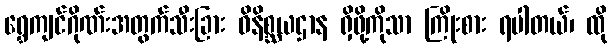
ရွှေကျင်ဂိုဏ်းအတွက်သီးခြား ဝိနိစ္ဆယဌာန ရှိဖို့ကိုသာ ကြိုးစား ရပါတယ်၊ ထို